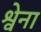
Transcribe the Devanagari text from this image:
श्वेना